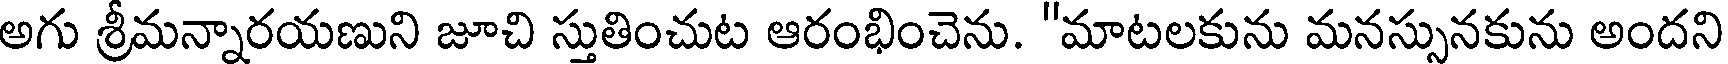
అగు శ్రీమన్నారయణుని జూచి స్తుతించుట ఆరంభించెను. "మాటలకును మనస్సునకును అందని